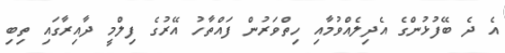
އެ ދެ ބޭފުޅުންގެ އެދިލެއްވުމާއި ހިތްވަރުން ފައްތާހު އޭރުގެ ފިލްމީ ދާއިރާގައި ތިބި